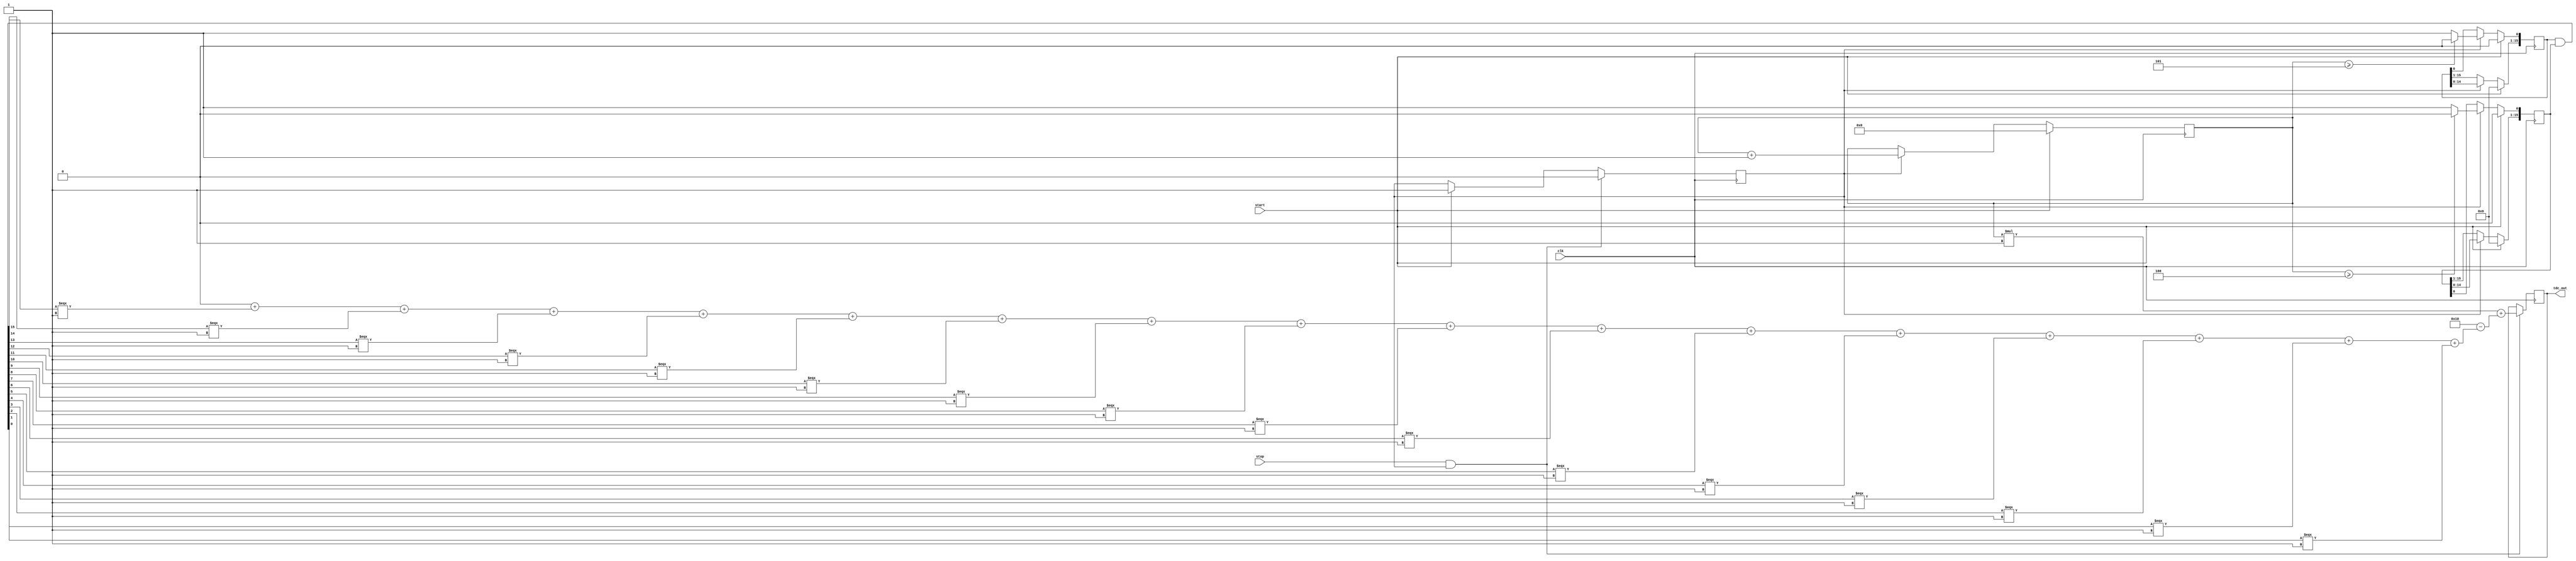
module TDC_Vernier (
    input wire clk,          // System clock
    input wire start,        // Start signal
    input wire stop,         // Stop signal
    output reg [15:0] tdc_out // 16-bit output for time interval
);

    // Parameters for delay lines
    parameter DELAY_A = 5; // Delay for Delay Line A (in clock cycles)
    parameter DELAY_B = 4; // Delay for Delay Line B (in clock cycles)
    parameter NUM_STAGES = 16; // Number of stages in delay lines

    // Registers for delay line outputs
    reg [NUM_STAGES-1:0] delay_line_a;
    reg [NUM_STAGES-1:0] delay_line_b;

    // Counter for clock cycles
    reg [15:0] counter;
    reg measuring;

    // State machine for measurement
    always @(posedge clk) begin
        if (start) begin
            // Reset counter and delay lines on start
            counter <= 0;
            delay_line_a <= 0;
            delay_line_b <= 0;
            measuring <= 1;
        end else if (measuring) begin
            // Increment counter during measurement
            counter <= counter + 1;

            // Update delay lines
            delay_line_a <= {delay_line_a[NUM_STAGES-2:0], 1'b1}; // Shift in a pulse
            delay_line_b <= {delay_line_b[NUM_STAGES-2:0], 1'b1}; // Shift in a pulse

            // Introduce delays based on parameters
            if (counter >= DELAY_A) begin
                delay_line_a[0] <= 0; // Reset the first stage after DELAY_A cycles
            end
            if (counter >= DELAY_B) begin
                delay_line_b[0] <= 0; // Reset the first stage after DELAY_B cycles
            end
        end

        // Stop measurement and calculate output
        if (stop && measuring) begin
            measuring <= 0;
            // Calculate time difference based on delay line states
            tdc_out <= (counter * (DELAY_A - DELAY_B)) + (NUM_STAGES - $countones(delay_line_a & delay_line_b));
        end
    end

    // Function to count number of ones in a vector
    function integer countones;
        input [NUM_STAGES-1:0] vec;
        integer i;
        begin
            countones = 0;
            for (i = 0; i < NUM_STAGES; i = i + 1) begin
                if (vec[i]) countones = countones + 1;
            end
        end
    endfunction

endmodule